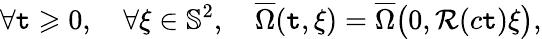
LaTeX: \forall\mathtt{t}\geqslant0,\quad\forall\xi\in\mathbb{{S}}^{2},\quad\overline{{{\Omega}}}(\mathtt{t},\xi)=\overline{{{\Omega}}}\big(0,\mathcal{{R}}(c\mathtt{t})\xi\big),